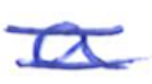
Text: a
Cross-out: double-line
Writing tool: ballpoint